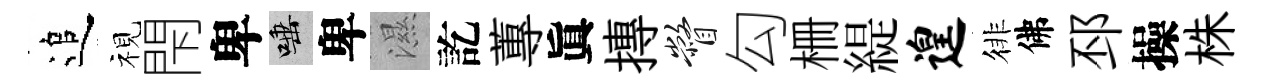
追视閇卑唾卑濕訖蓴眞摶瞥勾栅緹遑徘佛邳操株